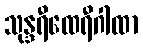
သုန္ဒရီထေရီဂါထာ